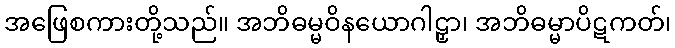
အဖြေစကားတို့သည်။ အဘိဓမ္မဝိနယောဂါဠှာ၊ အဘိဓမ္မာပိဋကတ်၊